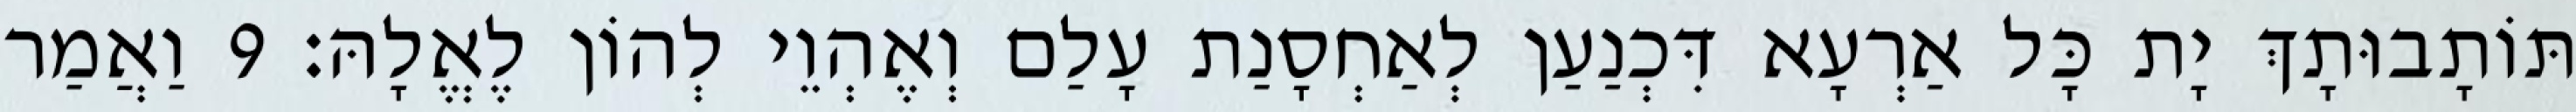
תּוֹתָבוּתָךְ יָת כָּל אַרְעָא דִּכְנַעַן לְאַחְסָנַת עָלַם וְאֶהְוֵי לְהוֹן לֶאֱלָהּ׃ 9 וַאֲמַר